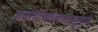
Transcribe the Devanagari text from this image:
अनादीकालापासूनची